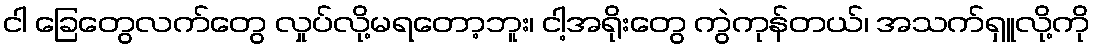
ငါ ခြေတွေလက်တွေ လှုပ်လို့မရတော့ဘူး၊ ငါ့အရိုးတွေ ကွဲကုန်တယ်၊ အသက်ရှူလို့ကို